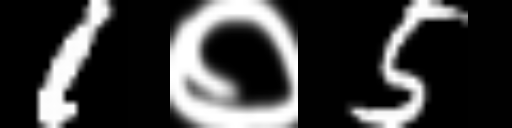
Text: 1०5